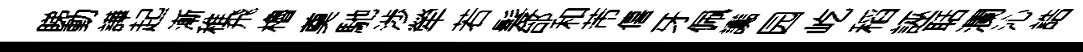
睇動譁起漸稚飛櫓奠馳渉犖若髮邰和芾僖牙佩讟园屹稻誣聒瀾沁誥